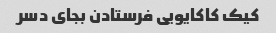
کیک کاکایویی فرستادن بجای دسر